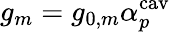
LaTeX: g_{m}=g_{0,m}\alpha_{p}^{\mathrm{cav}}